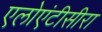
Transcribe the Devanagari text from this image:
एलोएंटीसीरा